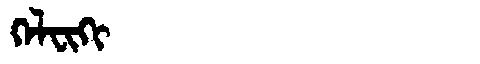
Manchu: ᡴᡝᠯᠸᡳᡴᡳ
Romanization: KELFIKI